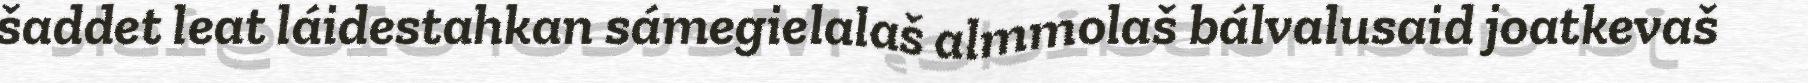
šaddet leat láidestahkan sámegielalaš almmolaš bálvalusaid joatkevaš